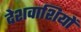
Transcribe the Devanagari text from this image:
देशवाशियों